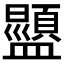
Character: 𬐿